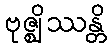
ဗုဇ္ဈိဿန္တိ